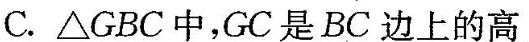
C.△ABC中，GC是BC边上的高